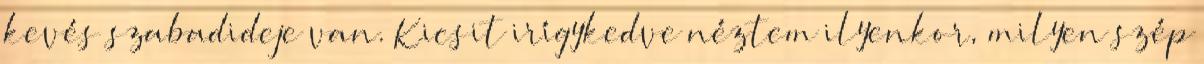
kevés szabadideje van. Kicsit irígykedve néztem ilyenkor, milyen szép